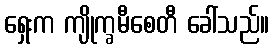
ရှေးက ကျိုက္ခမီစေတီ ခေါ်သည်။